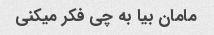
مامان بیا به چی فکر میکنی